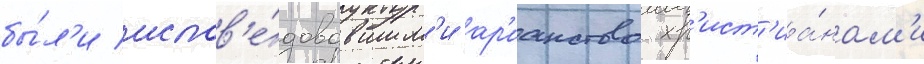
бы́л'и испов'е́довавшим'и ар'ианство хр'ист'иа́нам'и